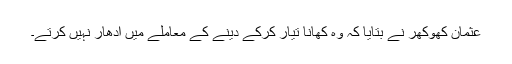
عثمان کھوکھر نے بتایا کہ وہ کھانا تیار کرکے دینے کے معاملے میں ادھار نہیں کرتے۔